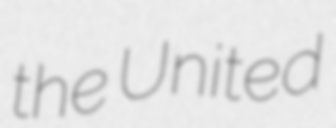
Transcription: the United